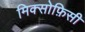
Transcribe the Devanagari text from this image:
मिक्सोफ़िसी